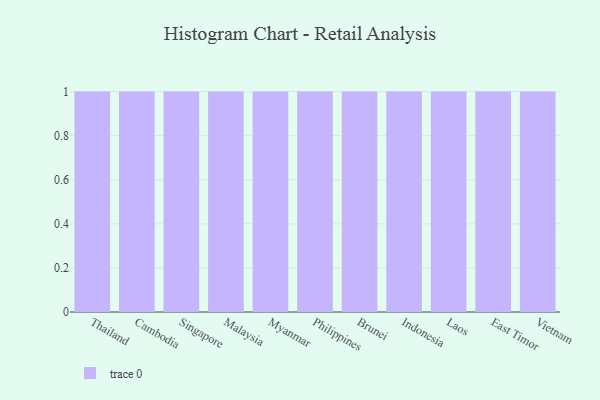
{"axis": {"x": "Country", "y": "Revenue (USD Million)"}, "legend": [""], "data": [{"x": "Thailand", "y": 56, "type": ""}, {"x": "Cambodia", "y": 50, "type": ""}, {"x": "Singapore", "y": 10, "type": ""}, {"x": "Malaysia", "y": 37, "type": ""}, {"x": "Myanmar", "y": 44, "type": ""}, {"x": "Philippines", "y": 57, "type": ""}, {"x": "Brunei", "y": 94, "type": ""}, {"x": "Indonesia", "y": 8, "type": ""}, {"x": "Laos", "y": 74, "type": ""}, {"x": "East Timor", "y": 66, "type": ""}, {"x": "Vietnam", "y": 65, "type": ""}]}